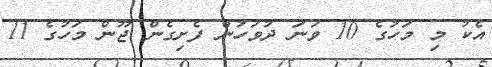
އެކު މި މަހުގެ 10 ވަނަ ދުވަހުން ފެށިގެން ޖޫން މަހުގެ 11